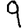
Digit: 9